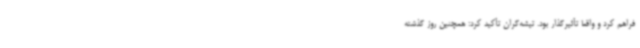
فراهم کرد و واقعا تأثیرگذار بود. تیشه‌گران تأکید کرد: همچنین روز گذشته